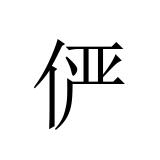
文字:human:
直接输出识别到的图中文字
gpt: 俨